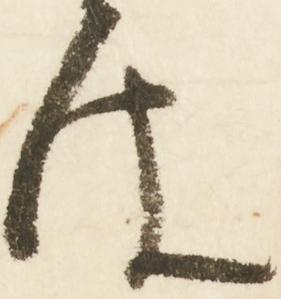
は